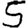
Digit: 5